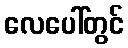
လေပေါ်တွင်